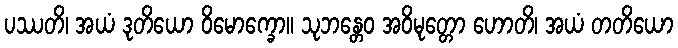
ပဿတိ၊ အယံ ဒုတိယော ဝိမောက္ခော။ သုဘန္တေဝ အဝိမုတ္တော ဟောတိ၊ အယံ တတိယော